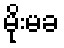
မိုးမခ